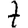
Digit: 7